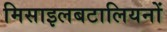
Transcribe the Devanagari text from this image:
मिसाइलबटालियनों